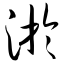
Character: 淤